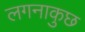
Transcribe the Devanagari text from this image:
लगनाकुछ